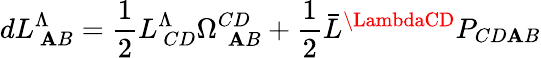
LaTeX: dL_{\ \mathbf{A}B}^{\Lambda}={\frac{{1}}{{2}}}L_{\ CD}^{\Lambda}\Omega_{\ \ \mathbf{A}B}^{CD}+{\frac{{1}}{{2}}}\bar{{L}}^{\LambdaCD}P_{CD\mathbf{A}B}